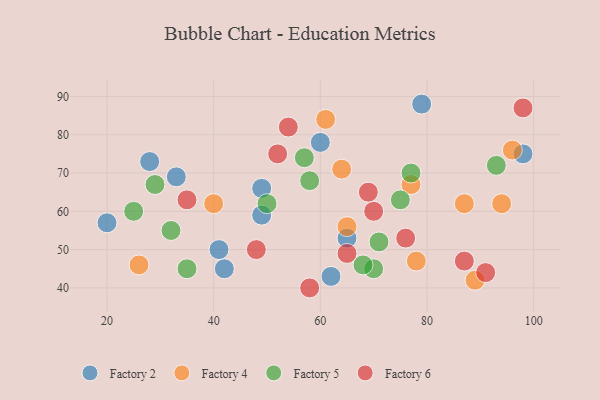
{"axis": {"x": "GDP", "y": "Life Expectancy"}, "legend": ["Factory 2", "Factory 4", "Factory 5", "Factory 6"], "data": [{"x": "62", "y": 43, "type": "Factory 2"}, {"x": "65", "y": 53, "type": "Factory 2"}, {"x": "42", "y": 45, "type": "Factory 2"}, {"x": "79", "y": 88, "type": "Factory 2"}, {"x": "33", "y": 69, "type": "Factory 2"}, {"x": "60", "y": 78, "type": "Factory 2"}, {"x": "28", "y": 73, "type": "Factory 2"}, {"x": "49", "y": 66, "type": "Factory 2"}, {"x": "49", "y": 59, "type": "Factory 2"}, {"x": "20", "y": 57, "type": "Factory 2"}, {"x": "41", "y": 50, "type": "Factory 2"}, {"x": "98", "y": 75, "type": "Factory 2"}, {"x": "77", "y": 67, "type": "Factory 4"}, {"x": "94", "y": 62, "type": "Factory 4"}, {"x": "96", "y": 76, "type": "Factory 4"}, {"x": "78", "y": 47, "type": "Factory 4"}, {"x": "26", "y": 46, "type": "Factory 4"}, {"x": "65", "y": 56, "type": "Factory 4"}, {"x": "61", "y": 84, "type": "Factory 4"}, {"x": "89", "y": 42, "type": "Factory 4"}, {"x": "40", "y": 62, "type": "Factory 4"}, {"x": "64", "y": 71, "type": "Factory 4"}, {"x": "87", "y": 62, "type": "Factory 4"}, {"x": "50", "y": 62, "type": "Factory 5"}, {"x": "70", "y": 45, "type": "Factory 5"}, {"x": "68", "y": 46, "type": "Factory 5"}, {"x": "75", "y": 63, "type": "Factory 5"}, {"x": "32", "y": 55, "type": "Factory 5"}, {"x": "77", "y": 70, "type": "Factory 5"}, {"x": "25", "y": 60, "type": "Factory 5"}, {"x": "57", "y": 74, "type": "Factory 5"}, {"x": "58", "y": 68, "type": "Factory 5"}, {"x": "93", "y": 72, "type": "Factory 5"}, {"x": "71", "y": 52, "type": "Factory 5"}, {"x": "29", "y": 67, "type": "Factory 5"}, {"x": "35", "y": 45, "type": "Factory 5"}, {"x": "98", "y": 87, "type": "Factory 6"}, {"x": "76", "y": 53, "type": "Factory 6"}, {"x": "70", "y": 60, "type": "Factory 6"}, {"x": "54", "y": 82, "type": "Factory 6"}, {"x": "48", "y": 50, "type": "Factory 6"}, {"x": "91", "y": 44, "type": "Factory 6"}, {"x": "65", "y": 49, "type": "Factory 6"}, {"x": "69", "y": 65, "type": "Factory 6"}, {"x": "58", "y": 40, "type": "Factory 6"}, {"x": "52", "y": 75, "type": "Factory 6"}, {"x": "87", "y": 47, "type": "Factory 6"}, {"x": "35", "y": 63, "type": "Factory 6"}]}